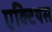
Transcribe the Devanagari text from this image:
एक्टियस